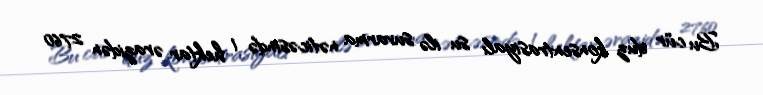
Bu cür duz konsentrasiyalı su ilə suvarma nəticəsində 1 hektar ərazidən 2760